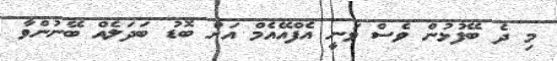
މި ދެ ބޭފުޅުން ވެސް ވަނީ އެފްއޭއެމް އަށް ބޮޑު ބަދަލެއް ބޭނުންވާ